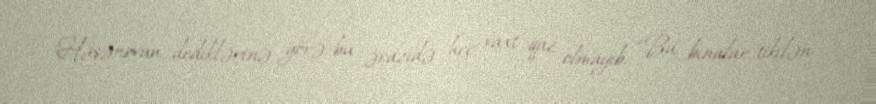
Həsənovun dediklərinə görə, bu ərazidə heç vaxt qaz olmayıb: “Bu binalar tikilən